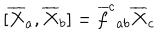
LaTeX: [ \overline { { { X } } } _ { a } , \overline { { { X } } } _ { b } ] = \overline { { { f } } } ^ { c } { } _ { a b } \overline { { { X } } } _ { c }